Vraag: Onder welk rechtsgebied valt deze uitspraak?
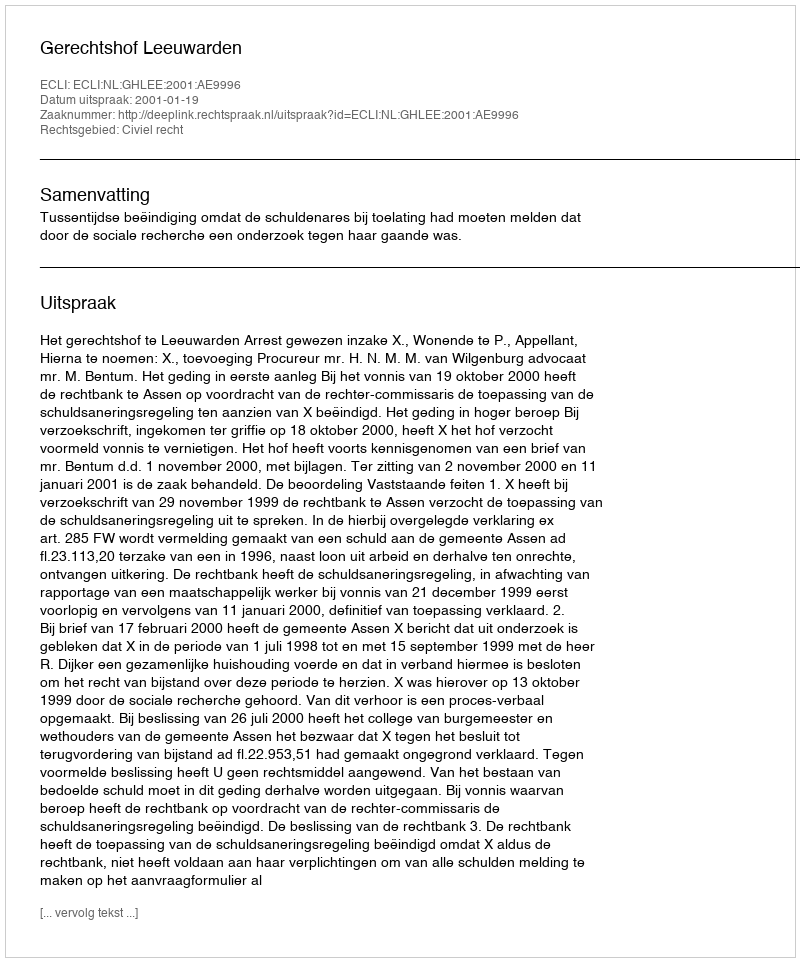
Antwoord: Civiel recht